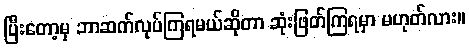
ပြီးတော့မှ ဘာဆက်လုပ်ကြရမယ်ဆိုတာ ဆုံးဖြတ်ကြရမှာ မဟုတ်လား။